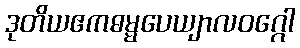
ဒုတိယဧကဓမ္မပေယျာလဝဂ္ဂေါ